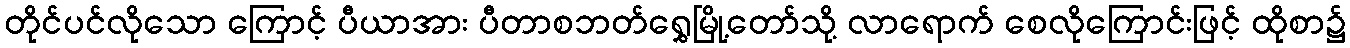
တိုင်ပင်လိုသော ကြောင့် ပီယာအား ပီတာစဘတ်ရွှေမြို့တော်သို့ လာရောက် စေလိုကြောင်းဖြင့် ထိုစာ၌